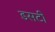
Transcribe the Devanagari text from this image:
डसटी